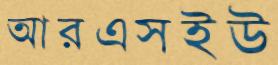
আরএসইউ